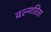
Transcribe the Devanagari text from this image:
वल्गरिस